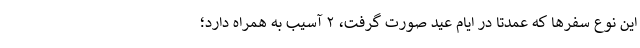
این نوع سفرها که عمدتا در ایام عید صورت گرفت، ۲ آسیب به همراه دارد؛